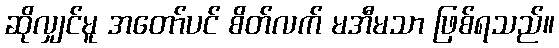
ဆိုလျှင်မူ အတော်ပင် စိတ်လက် မအီမသာ ဖြစ်ရသည်။